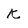
Character: k